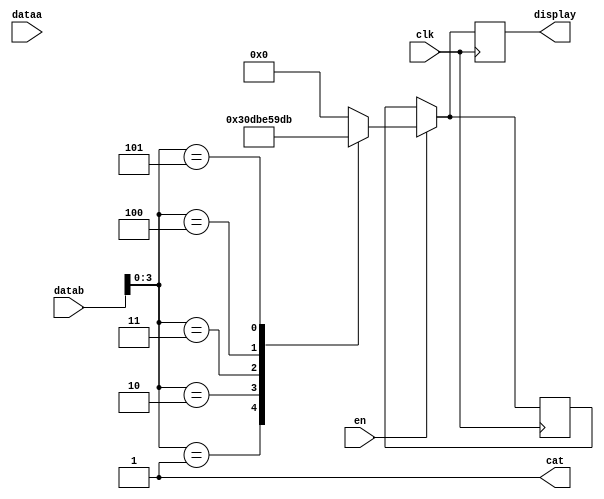
module display7segment(
	input [31:0]dataa,
	input [31:0]datab,
	input clk,
	input en,
	
	output reg [6:0]display,
	output cat
);

	assign cat = 1'b1;
	reg [6:0] auxSegment;
	always @(posedge clk) begin
		if(en) begin
			case (datab[3:0])
				 //4'b0000: auxSegment = 7'b1111110;
				 4'b0001: auxSegment = 7'b0110000;
				 4'b0010: auxSegment = 7'b1101101;
				 4'b0011: auxSegment = 7'b1111001;
				 4'b0100: auxSegment = 7'b0110011;
				 4'b0101: auxSegment = 7'b1011011;
				 //4'b0110: auxSegment = 7'b0011111;
				 //4'b0111: auxSegment = 7'b1110000;
				 //4'b1000: auxSegment = 7'b1111111;
				 //4'b1001: auxSegment = 7'b1110011;
				 //4'b1010: auxSegment = 7'b1110111;
				 //4'b1011: auxSegment = 7'b0011111;
				 //4'b1100: auxSegment = 7'b1001110;
				 //4'b1101: auxSegment = 7'b0111101;
				 //4'b1110: auxSegment = 7'b1001111;
				 //4'b1111: auxSegment = 7'b1000111;
				 default: auxSegment = 7'b0000000;
			endcase
		end
		display <= auxSegment[6:0];
	end
endmodule